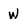
Character: w